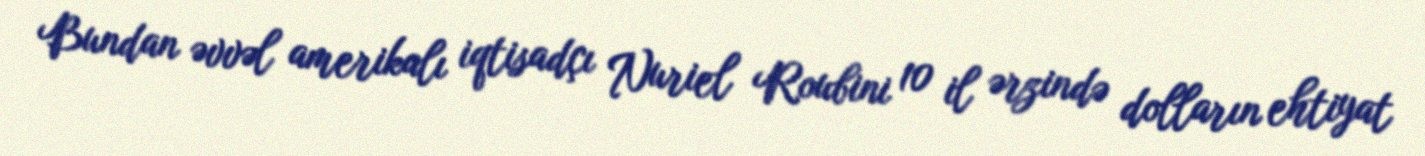
Bundan əvvəl amerikalı iqtisadçı Nuriel Roubini 10 il ərzində dolların ehtiyat